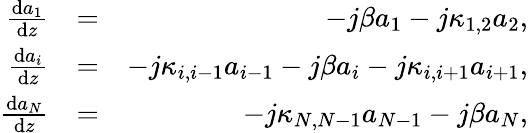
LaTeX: \begin{array}{rlr}{\frac{\mathrm{d}a_{1}}{\mathrm{d}z}}&{=}&{-j\beta a_{1}-j\kappa_{1,2}a_{2},}\\ {\frac{\mathrm{d}a_{i}}{\mathrm{d}z}}&{=}&{-j\kappa_{i,i-1}a_{i-1}-j\beta a_{i}-j\kappa_{i,i+1}a_{i+1},}\\ {\frac{\mathrm{d}a_{N}}{\mathrm{d}z}}&{=}&{-j\kappa_{N,N-1}a_{N-1}-j\beta a_{N},}\end{array}